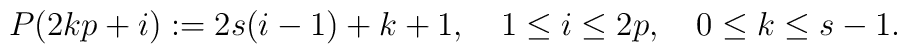
P(2kp+i):=2s(i-1)+k+1, \quad 1\leq i\leq 2p,\quad 0\leq k\leq s-1.